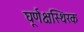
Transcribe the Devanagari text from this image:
घूर्णक्षस्थिरक